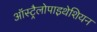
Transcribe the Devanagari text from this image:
ऑस्ट्रैलोपाइथेशियन